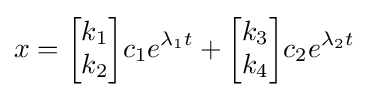
x={\begin{bmatrix}k_{1}\\k_{2}\end{bmatrix}}c_{1}e^{\lambda _{1}t}+{\begin{bmatrix}k_{3}\\k_{4}\end{bmatrix}}c_{2}e^{\lambda _{2}t}